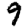
Digit: 9